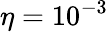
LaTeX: \eta=10^{-3}